Civil Veterinary Dept. Bombay admin report 1932-41 - 1932-1941
Year: 1932
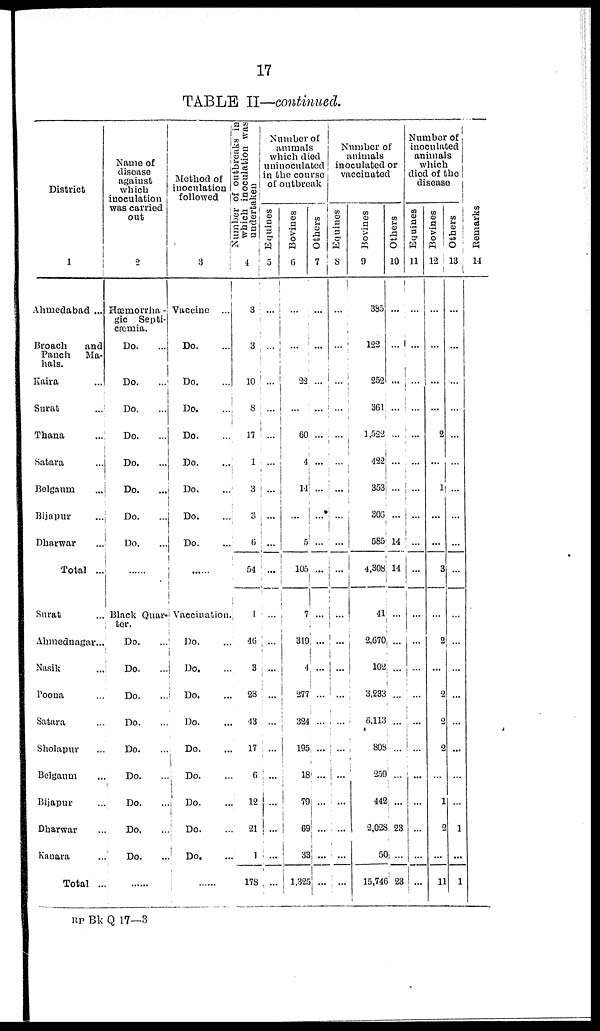
17
TABLE II—continued.
District
1
Ahmedabad ...
Broach
and
Panch Ma-
hals.
Kaira ...
Surat ...
Thana ...
Satara ...
Belgaum ...
Bijapur ...
Dharwar ...
Total ...
Surat ...
Ahmednagar...
Nasik ...
Poona ...
Satara ...
Sholapur ...
Belgaum ...
Bijapur ...
Dharwar ...
Kauara ...
Total ...
Name of
disease
against
which
inoculation
was carried
out
2
Hæmorrha -
gic Septi-
cæmia.
Do. ...
Do. ...
Do. ...
Do. ...
Do. ...
Do.
...
Do. ...
Do.
...
......
Black Quar-
ter.
Do. ...
Do. ...
Do. ...
Do. ...
Do. ...
Do. ...
Do. ...
Do. ...
Do. ...
......
Method of
inoculation
followed
3
Vaccine ...
Do. ...
Do. ...
Do. ...
Do. ...
Do. ...
Do. ...
Do. ...
Do. ...
......
Vaccination.
Do. ...
Do. ...
Do. ...
Do. ...
Do. ...
Do. ...
Do. ...
Do. ...
Do. ...
......
Number of outbreaks in
which inoculation was
undertaken
4
3
3
10
8
17
1
3
3
6
54
1
46
3
28
43
17
6
12
21
1
178
Number of
animals
which died
uninoculated
in the course
of outbreak
Equines
5
...
...
...
...
...
...
...
...
...
...
...
...
...
...
...
...
...
...
...
...
...
Bovines
6
...
...
22
...
60
4
14
...
5
105
7
319
4
277
324
195
18
79
69
33
1,325
Others
7
...
...
...
...
...
...
...
...
...
...
...
...
...
...
...
...
...
...
...
...
...
Number of
animals
inoculated or
vaccinated
Equines
8
...
...
...
...
...
...
...
...
...
...
...
...
...
...
...
...
...
...
...
...
...
Bovines
9
385
122
252
361
1,522
422
353
306
585
4,308
41
2,670
102
3,233
6,113
808
259
442
2,028
50
15,746
Others
10
...
...
...
...
...
...
...
...
14
14
...
...
...
...
...
...
...
...
23
...
23
Number of
inoculated
animals
which
died of the
disease
Equines
11
...
...
...
...
...
...
...
...
...
...
...
...
...
...
...
...
...
...
...
...
...
Bovines
12
...
...
...
...
2
...
1
...
...
3
...
2
...
2
2
2
...
1
2
...
11
Others
13
...
...
...
...
...
...
...
...
...
...
...
...
...
...
...
...
...
...
1
...
1
Remarks
14
RP Bk Q 17—3